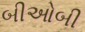
બીઓબી